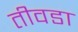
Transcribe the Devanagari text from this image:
तीवडा